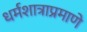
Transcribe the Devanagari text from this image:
धर्मशात्राप्रमाणे